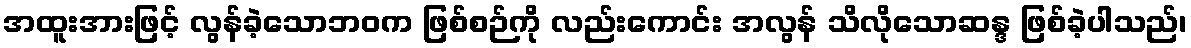
အထူးအားဖြင့် လွန်ခဲ့သောဘဝက ဖြစ်စဉ်ကို လည်းကောင်း အလွန် သိလိုသောဆန္ဒ ဖြစ်ခဲ့ပါသည်၊